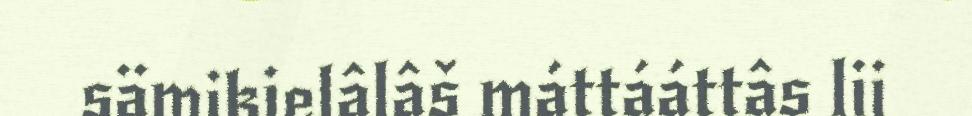
sämikielâlâš máttááttâs lii